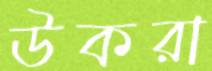
উকরা